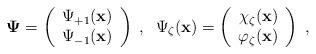
LaTeX: \begin{align*}\mbox{\boldmath$\Psi$\unboldmath}=\left( \begin{array}{c}\Psi _{+1}({\bf x}) \\ \Psi _{-1}({\bf x})\end{array}\right) \;,\;\;\Psi _{\zeta }({\bf x})=\left( \begin{array}{c}\chi _{\zeta }({\bf x}) \\ \varphi _{\zeta }({\bf x})\end{array}\right) \;, \end{align*}